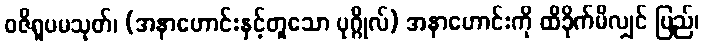
ဝဇိရူပမသုတ်၊ (အနာဟောင်းနှင့်တူသော ပုဂ္ဂိုလ်) အနာဟောင်းကို ထိခိုက်မိလျှင် ပြည်၊